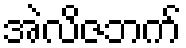
အဲလိဇဘက်